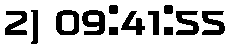
2) 09:41:55